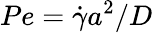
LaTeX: Pe=\dot{\gamma}a^{2}/D